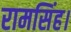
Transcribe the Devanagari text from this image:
रामसिंह।